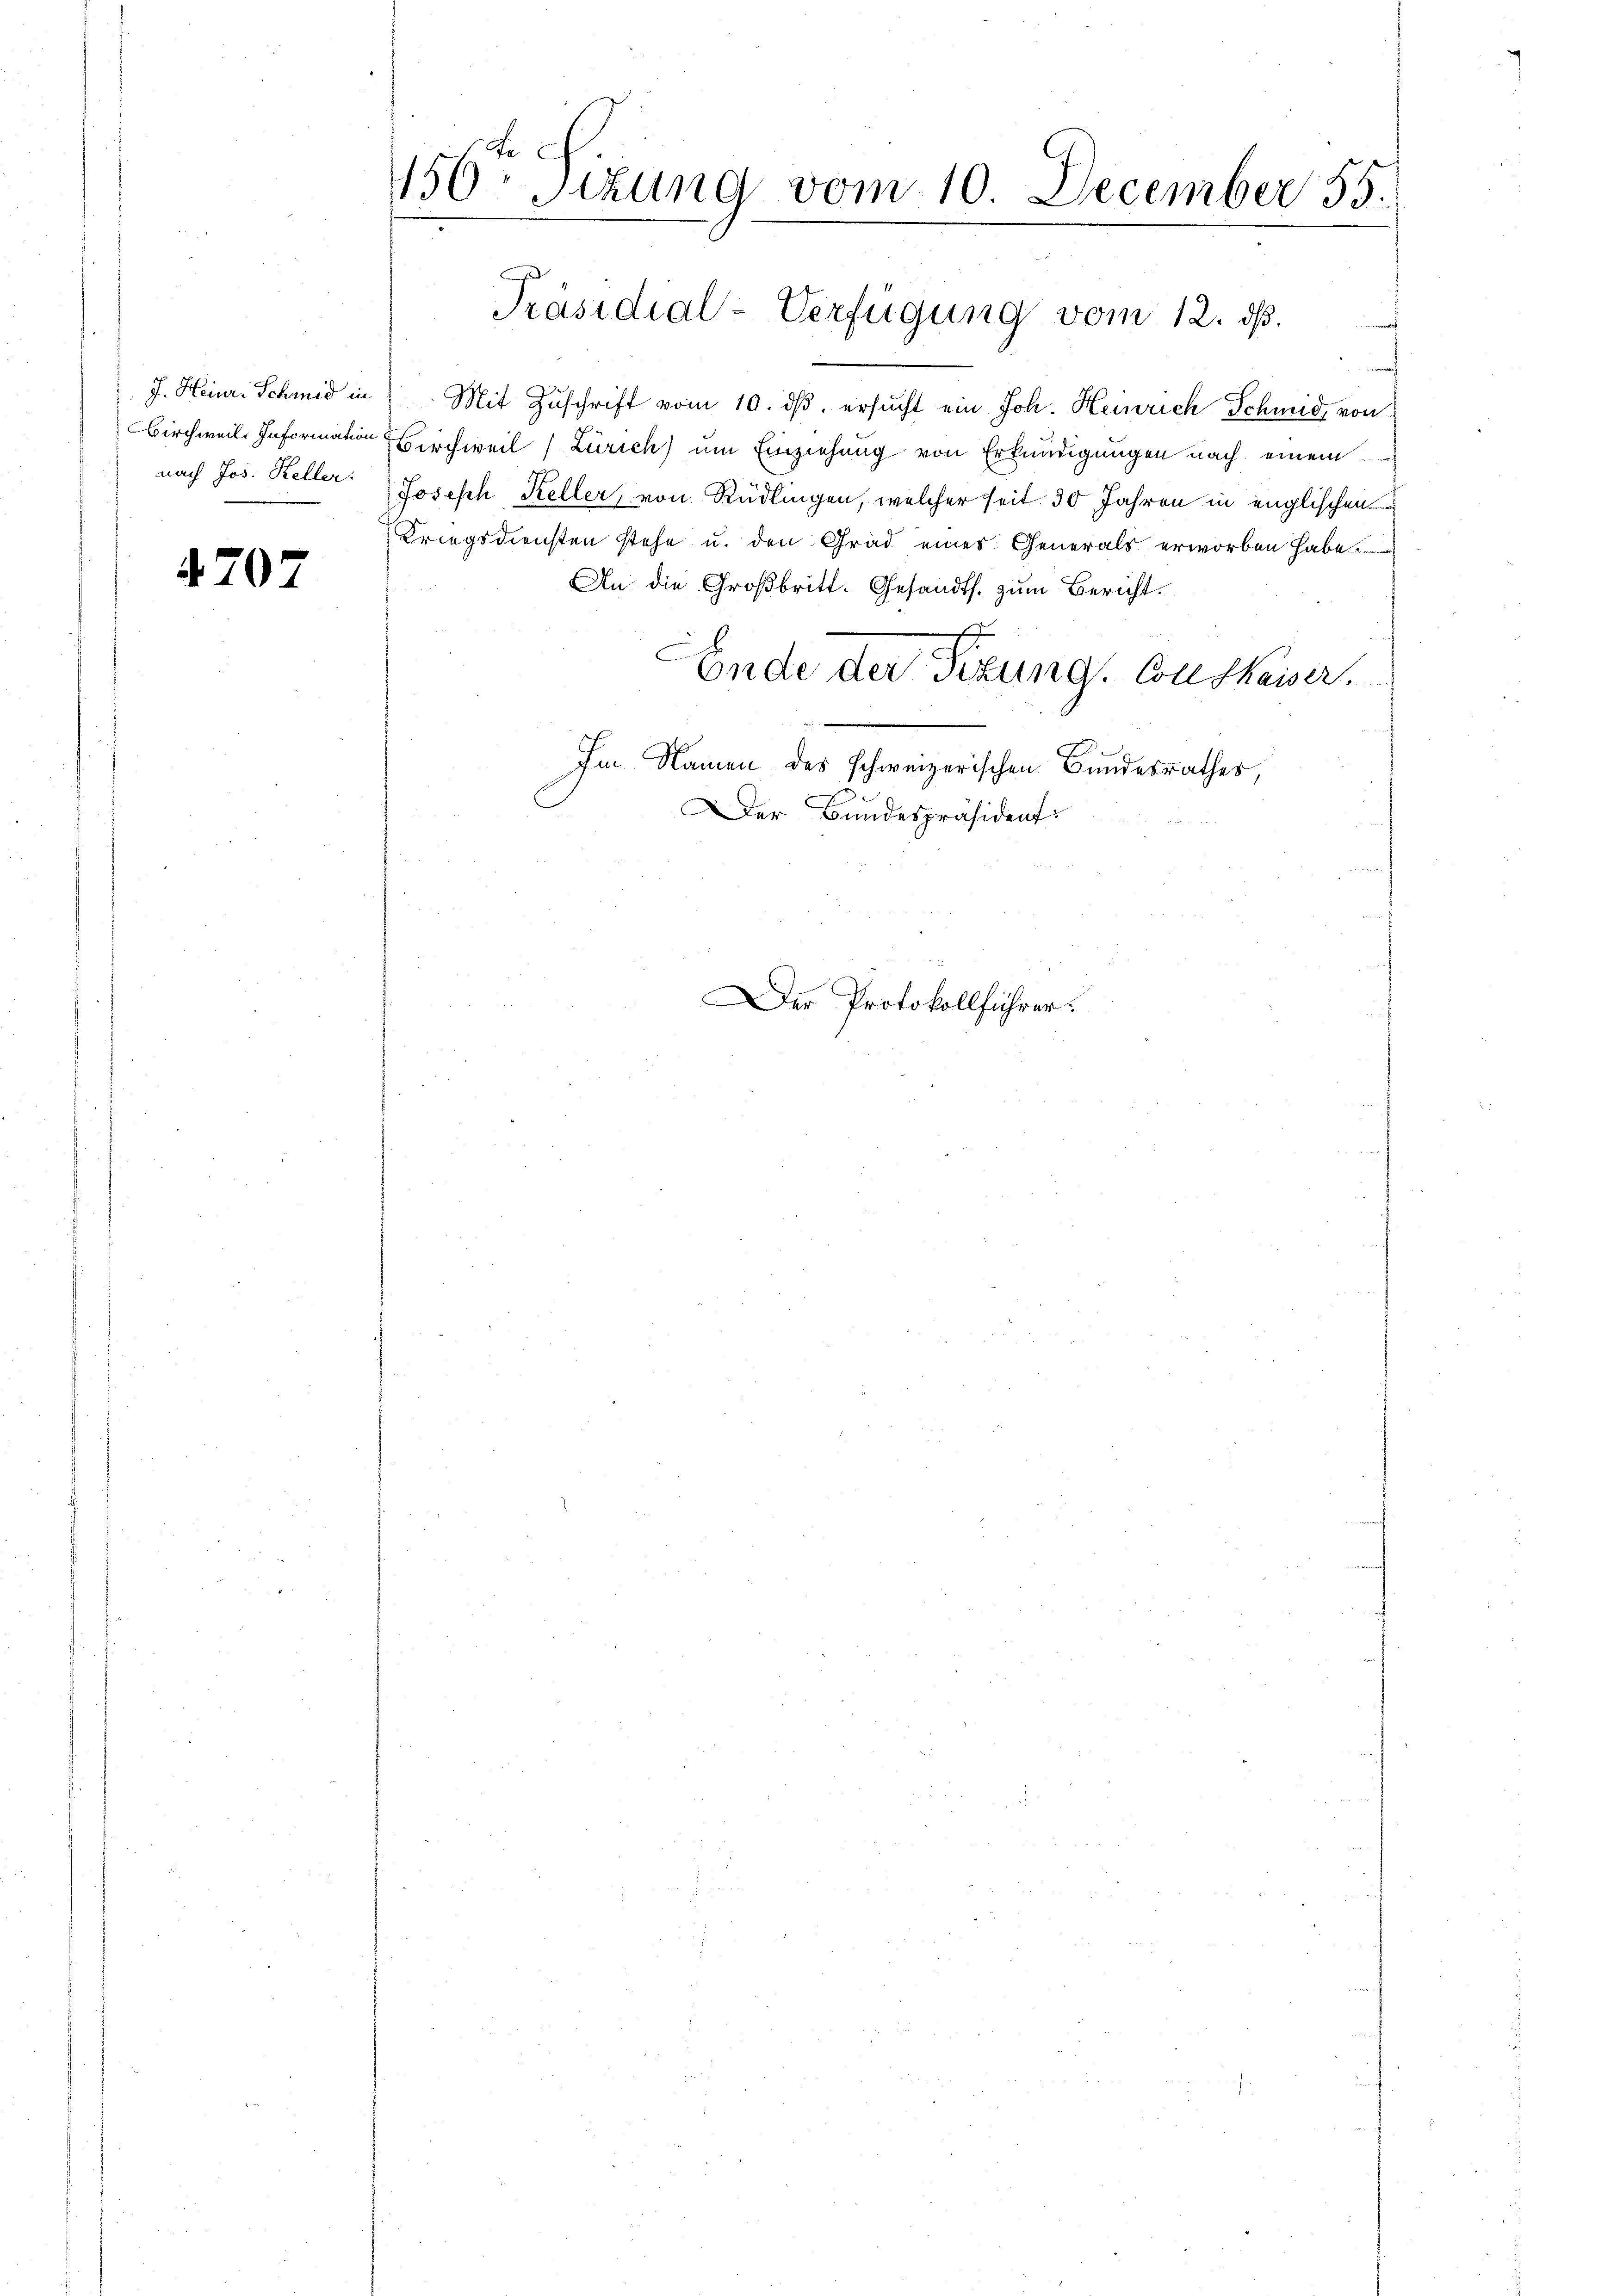
Birchweil. Information
nach Jos. Keller.

470

156. Sizung vom 10. December 55.

Präsidial-Verfügung vom 12. dβ.

J. Heinr. Schmid in Mit Zuschrift vom 10. dβ. ersucht ein Joh. Heinrich Schmid von
Birchweil (Zürich) um Einziehung von Erkundigungen nach einem
Joseph Keller, von Rüdlingen, welcher seit 30 Jahren in englischen
Kriegsdiensten stehe u. den Grad eines Generals erworben habe.
An die Großbritt. Gesandts. zum Bericht.
C
Ende der Sizung. Conskaiser.
Im Namen des schweizerischen Bundesrathes,
Der Bundespräsident

Der Protokollführer: